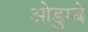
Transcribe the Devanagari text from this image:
ओडुम्बे